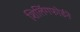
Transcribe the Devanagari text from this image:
शिलिंगफोर्डने